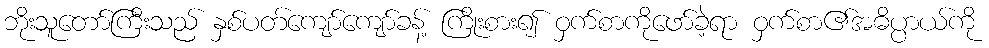
ဘိုးသူတော်ကြီးသည် နှစ်ပတ်ကျော်ကျော်ခန့် ကြိုးစား၍ ဝှက်စာကိုဖော်ခဲ့ရာ ဝှက်စာ၏အဓိပ္ပာယ်ကို